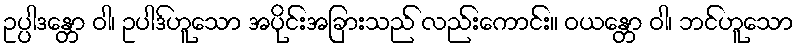
ဥပ္ပါဒန္တော ဝါ၊ ဥပါဒ်ဟူသော အပိုင်းအခြားသည် လည်းကောင်း။ ဝယန္တော ဝါ၊ ဘင်ဟူသော